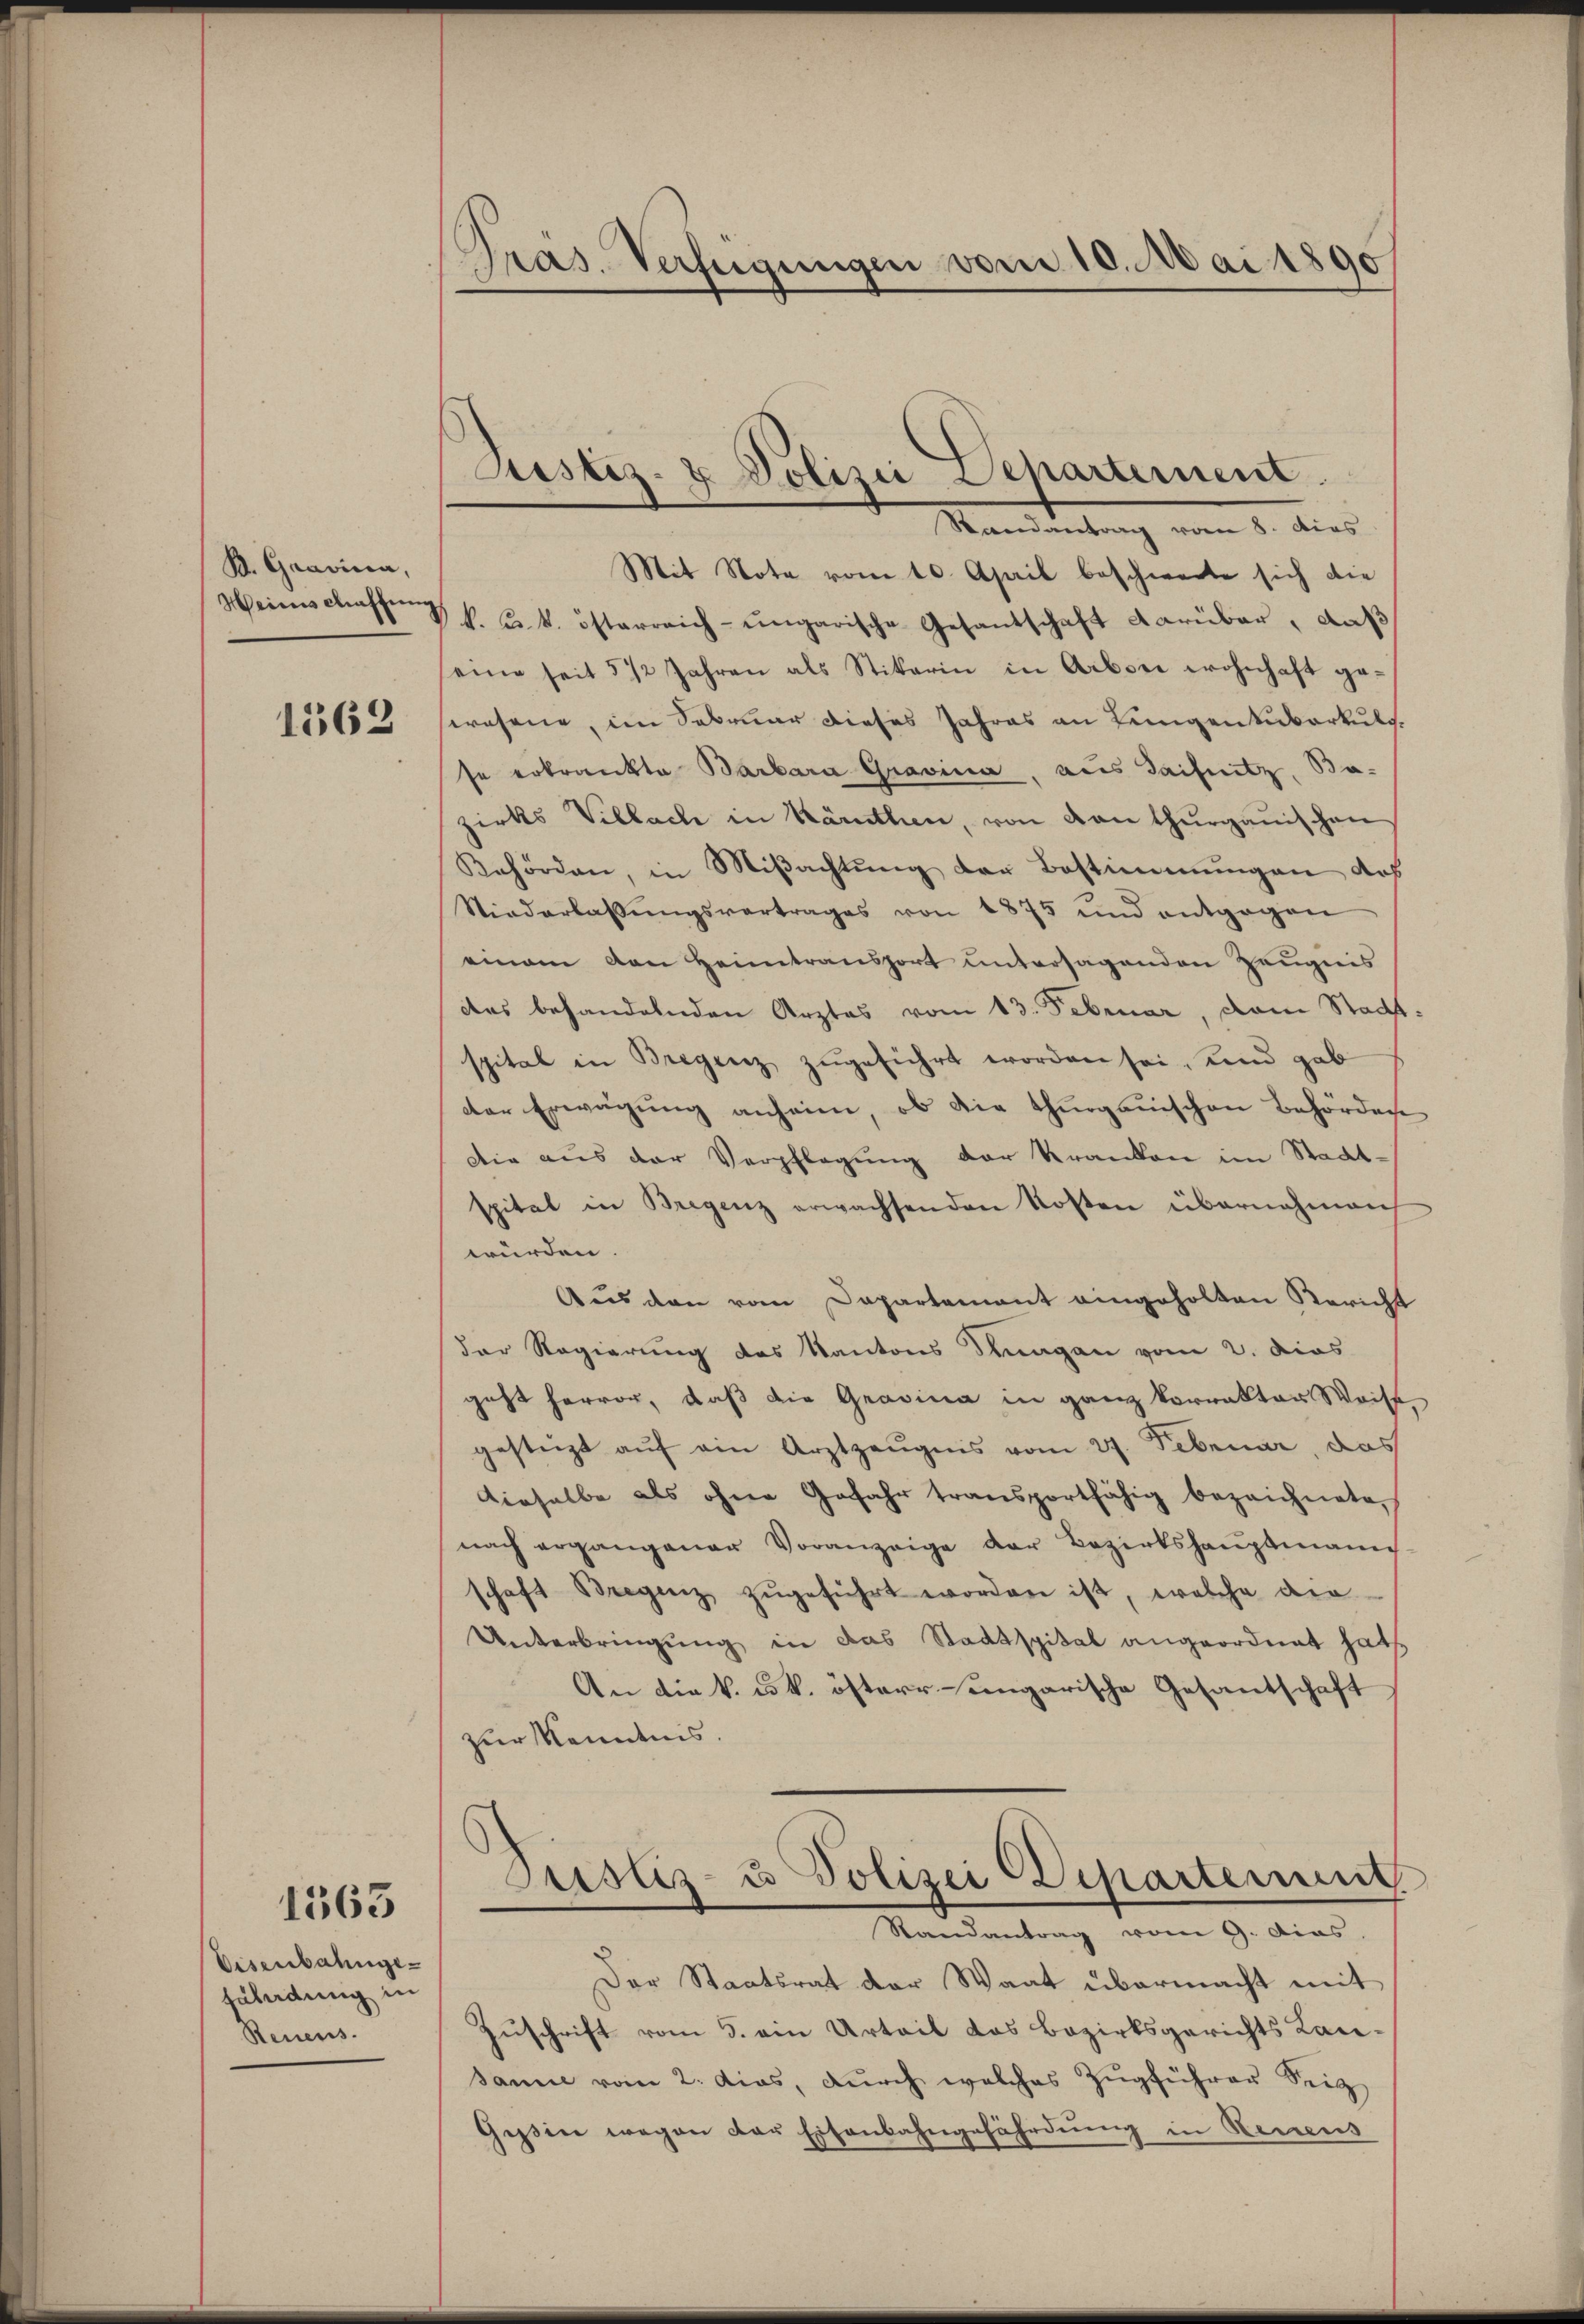
B. Gravina,
1562

1563

Eisenbahnge¬
Fäladung in
Renens.

Pras. Verfügungen vom 10. Mai 1890

Mit Note vom 10. April beschwerte sich die
Weinschaft V. k. k. k. österreich-ungarische Gesandschaft darüber, daß
eine seit 5 1/2 Jahren als Stikerin in Arbei wohnhaft ge-
wesene, im Februar dieses Jahres an Lenigentuberkuls.
se erkrankte Barbara Gravina, aus Tachnitz, Bazirks Villach in Kärnthen, von von thurgauischen
Rehörden, in Miβachtŭng der Bestimmungen des
Niederlassŭngsvertrages von 1875 und entgegen
einem von Heimtransport untersagenden Zeugnis
das behandelnden Arztes vom 13. Februar, dem Stadtspital in Bregenz zŭgeführt worden sei, und gab
der Erwägŭng anheim, ob die Thurgauischen Behörden
die aus der Verpflegung der Kranken im Stadt-
spital in Bregenz erwachsenden Kosten übernahmen
würden.
Aus den vom Departement eingeholten Bericht
der Regierung des Kantons Knagen vom 2. dies
geht hervor, daß die Grasina in ganz Vorrakter Weise
gestützt aŭf ein Arztzeŭgnis vom 27. Februar, das
dieselbe als ohne Gefahr transportfähig bezeichnete
nach ergangener Voranzeige der Bezirkshauptmann
schaft Bregenz zŭgeführt worden ist, welche die
Unterbringung in das Stadtspital angeordnet hat,
An die k. k. österrengarische Gesantschaft
zur Kenntnis.
¬

Justiz- & Polizei Departement.
Randantrag vom 8. dies

Justiz- u Polizei Departement
Randantrag vom 9. Dias.

Der Staatsrat der Waat übermacht mit
Zuschrift vom 5. ein Urteil das Bezirksgerichts Lansanie vom 2. das, dŭrch welches Zŭgführer Seeg
Gessin wegen der Eisenbahngefährdung in Neuens